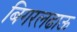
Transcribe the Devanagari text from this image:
बिगरलढाऊ